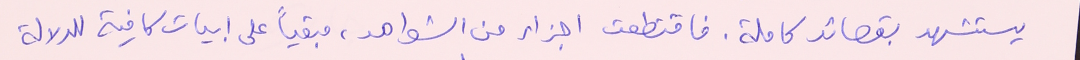
يستشهد بقصائد كاملة. فاقتطعت اجزاء من الشواهد، مبقياً على ابيات كافية الدلالة